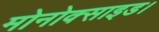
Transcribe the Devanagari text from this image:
मोनोक्साइड।